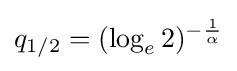
q_{1/2}=(\log _{e}2)^{-{\frac {1}{\alpha }}}